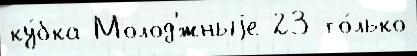
ку́бка Молод'́жныjе 23 то́лько